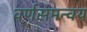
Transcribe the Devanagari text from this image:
वर्णसमन्वय